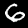
Label: 6